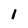
Character: 1